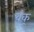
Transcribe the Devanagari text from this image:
बंकू